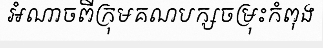
អំណាចពីក្រុមគណបក្សចម្រុះកំពុង